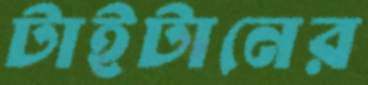
টাইটানের